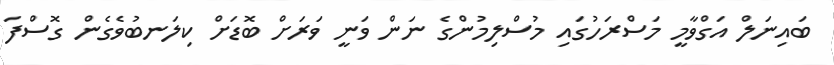
ބައިނަލް އަގްވާމީ މަސްރަހުގައި މުސްލިމުންގެ ނަން ވަނީ ވަރަށް ބޮޑަށް ކިލަނބުވެގެން ގޮސްފަ